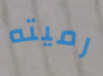
رميته